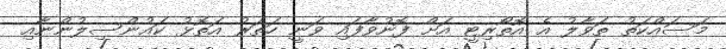
މަސައްކަތު ތަވާލު އެ އޮތޯރިޓީ އަށް ފޮނުވާފައި ވަނީ ހަތަރު އަތޮޅު ކައުންސިލުންނާއި